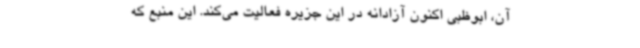
آن، ابوظبی اکنون آزادانه در این جزیره فعالیت می‌کند. این منبع که